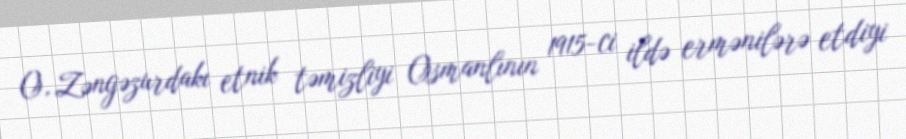
O, Zəngəzurdakı etnik təmizliyi Osmanlının 1915-ci ildə ermənilərə etdiyi